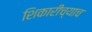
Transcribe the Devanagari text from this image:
शिकारीच्याच